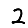
Digit: 2